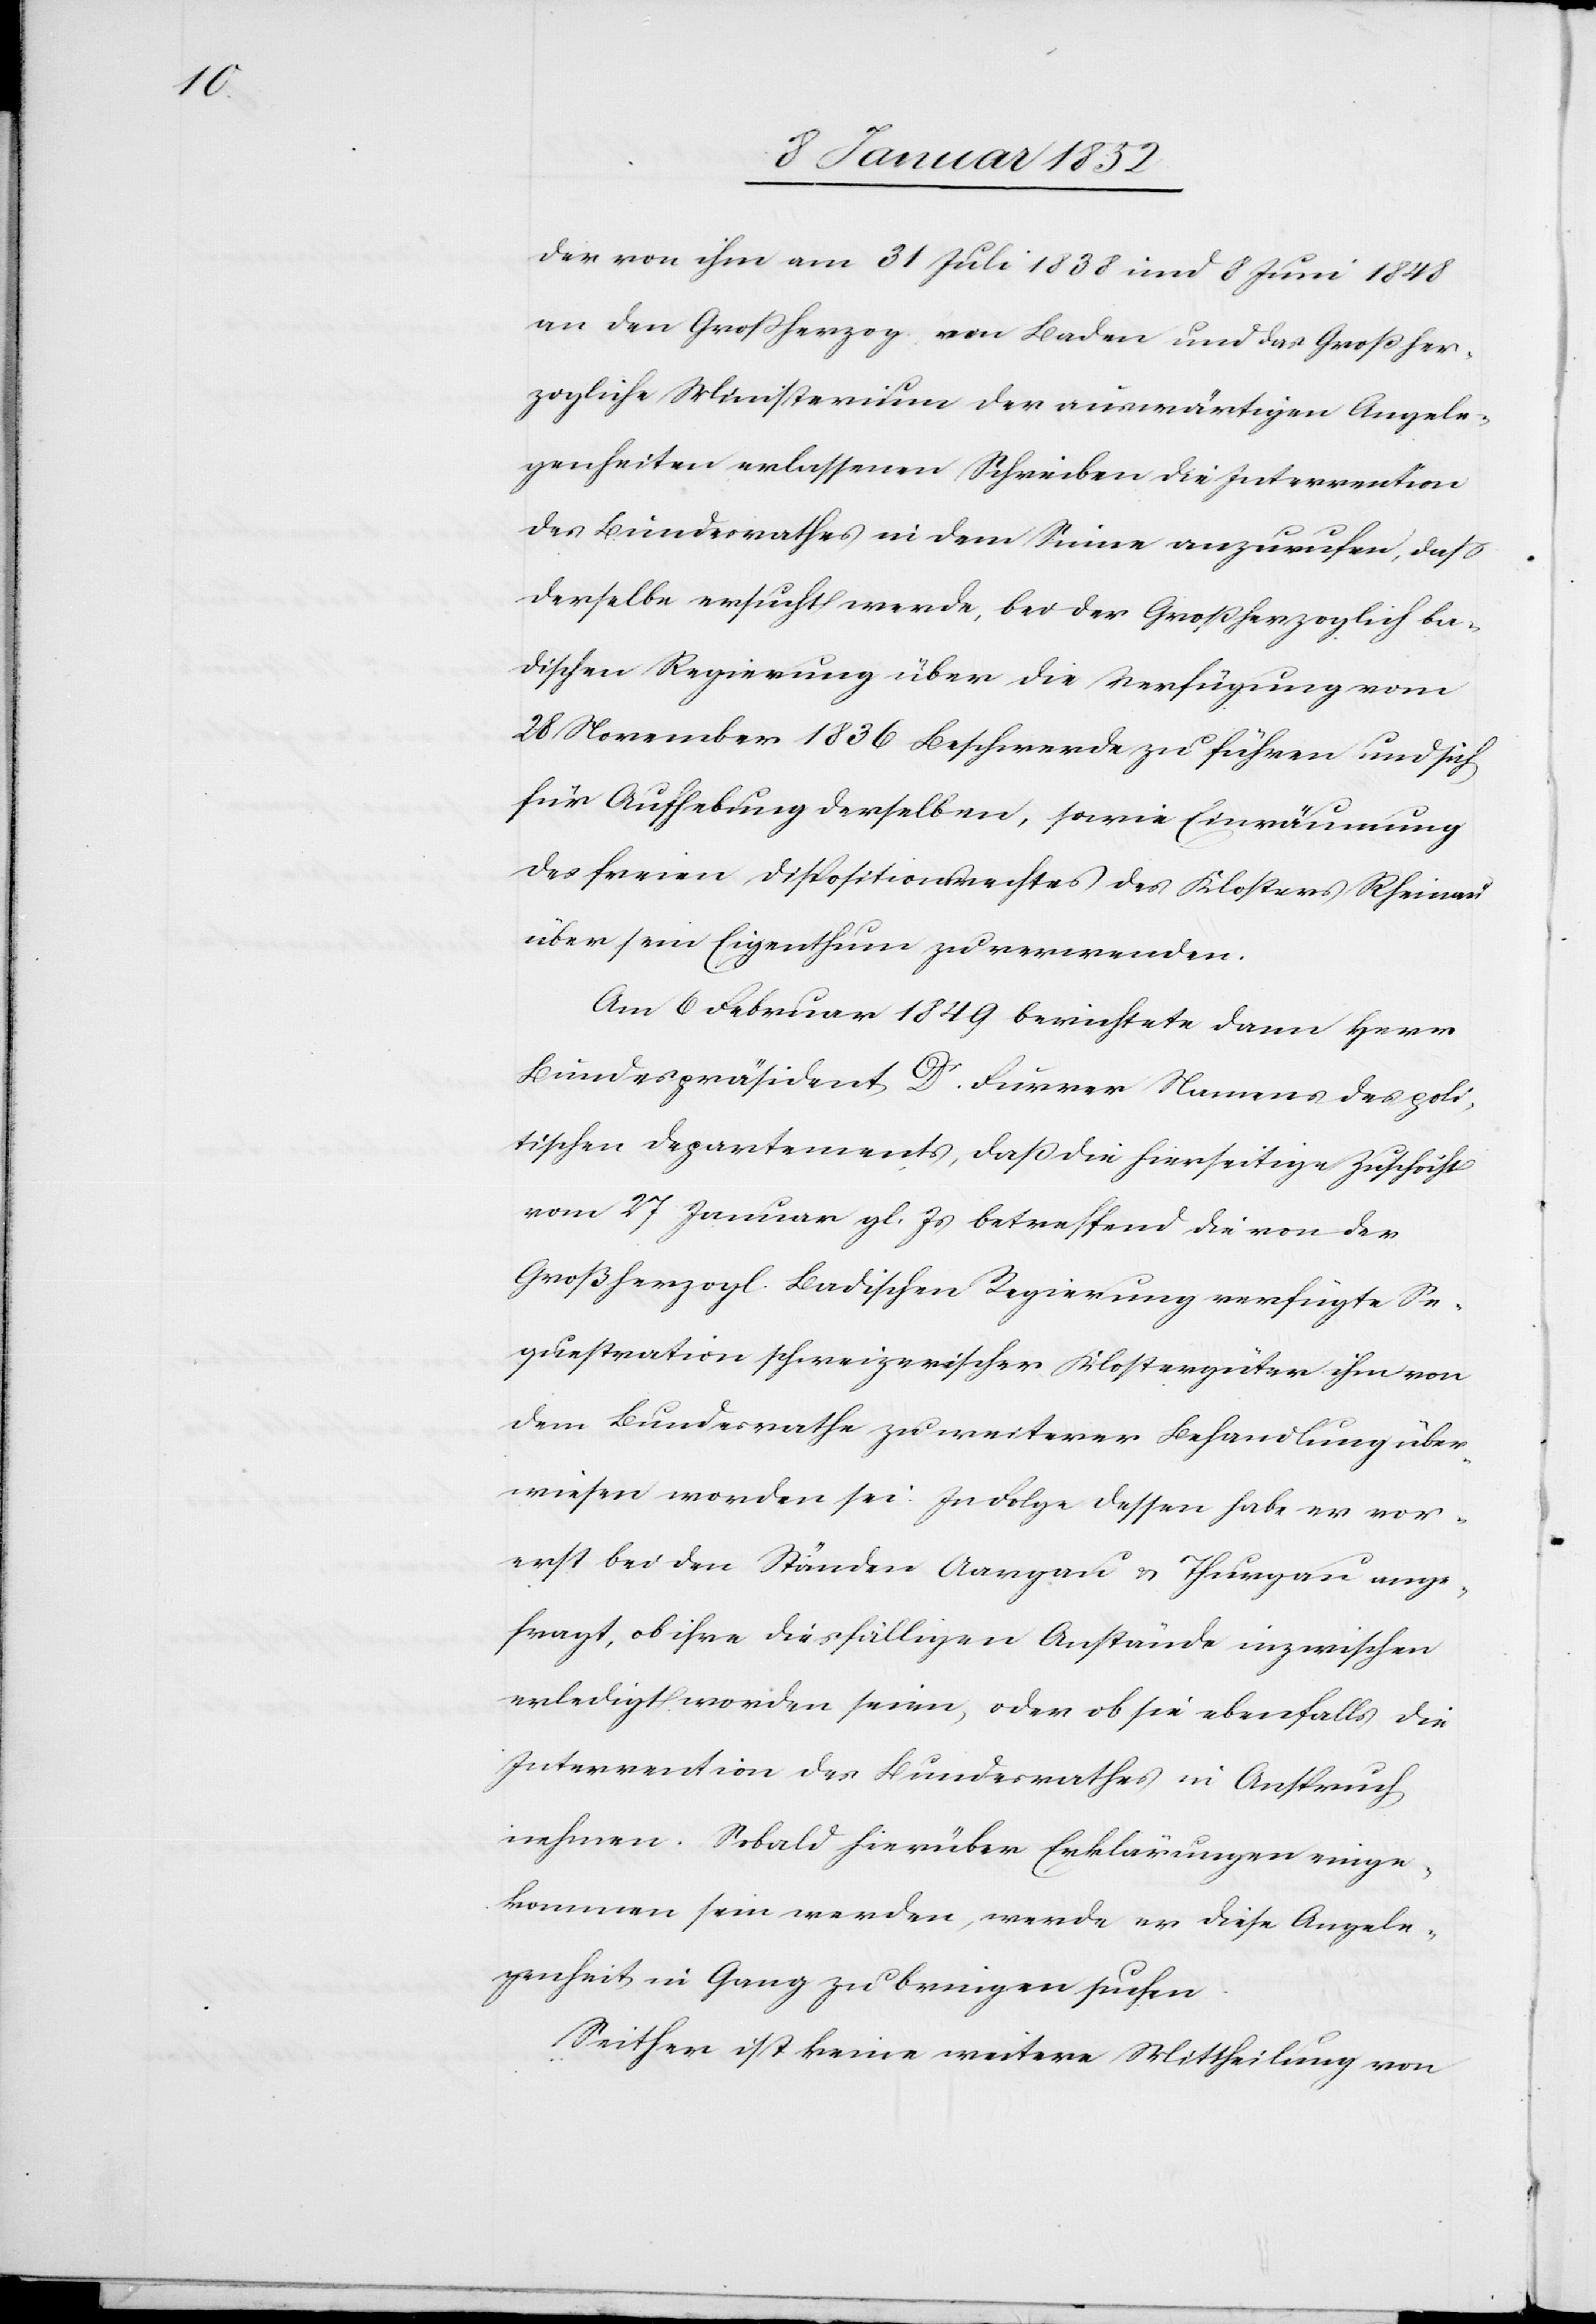
der von ihm am 31 Juli 1838 und 8 Juni 1848
an den Großherzog von Baden und das Großher¬
zogliche Ministerium der auswärtigen Angele¬
genheiten erlassenen Schreiben die Intervention
des Bundesrathes in dem Sinne anzurufen, daß
derselbe ersucht werde, bei der Großherzoglich ba¬
dischen Regierung über die Verfügung vom
28 November 1836 Beschwerde zu führen und sich
für Aufhebung derselben, sowie Einräumung
des freien Dispositionsrechtes des Klosters Rheinau
über sein Eigenthum zu verwenden.
Am 6 Februar 1849 berichtete dann Herr
Bundespräsident Dr. Furrer Namens des poli¬
tischen Departements, daß die hierseitige Zuschrift
vom 27 Januar gl. Js betreffend die von der
Großherzogl. Badischen Regierung verfügte Se¬
questration schweizerischer Klostergüter ihm von
dem Bundesrathe zu weiterer Behandlung über¬
wiesen worden sei. In Folge deßen habe er vor¬
erst bei den Ständen Aargau u. Thurgau ange¬
fragt, ob ihre diesfälligen Anstände inzwischen
erledigt worden seien, oder ob sie ebenfalls die
Intervention des Bundesrathes in Anspruch
nehmen. Sobald hierüber Erklärungen einge¬
kommen sein werden, werde er diese Angele¬
genheit in Gang zu bringen suchen.
Seither ist keine weitere Mittheilung von